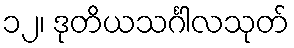
၁၂၊ ဒုတိယသင်္ဂါလသုတ်